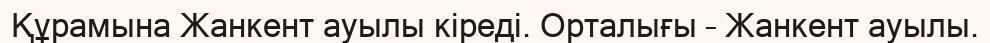
Құрамына Жанкент ауылы кіреді. Орталығы – Жанкент ауылы.